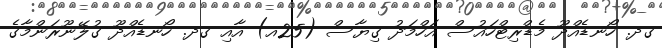
ގދ. ހޯނޑެއްދޫ މެޑްރިޓްހައުސް އަހްމަދު ގިޔާސް (25އ) އާއި ގދ. ހޯނޑެއްދޫ ގުލޭނޫރަންމާގެ